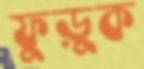
ফুড়ুক